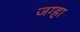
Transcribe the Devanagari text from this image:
जग्हा